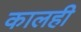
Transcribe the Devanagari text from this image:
कालही